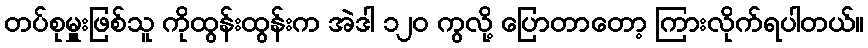
တပ်စုမှူးဖြစ်သူ ကိုထွန်းထွန်းက အဲဒါ ၁၂၀ ကွလို့ ပြောတာတော့ ကြားလိုက်ရပါတယ်။